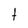
Character: t